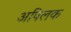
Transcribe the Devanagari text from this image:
अपिलक